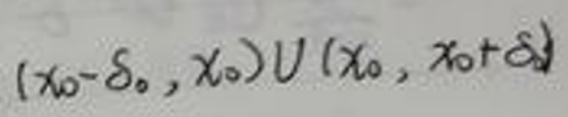
$(x_0 - \delta_0,x_0)\cup(x_0,x_0+\delta_0)$